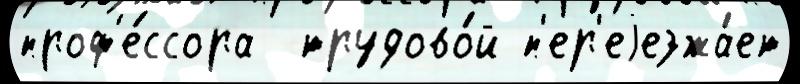
проф'е́ссора  трудово́й п'ер'еjезжа́ет